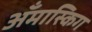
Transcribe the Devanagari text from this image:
अँमास्किग